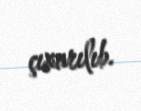
çıxarılıb.